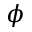
\phi